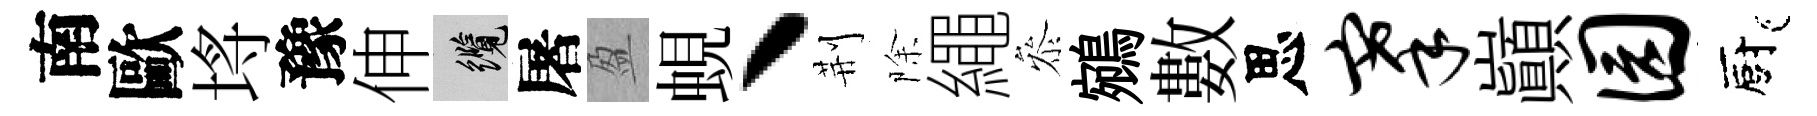
南歐埓豫伸纜屠盈蜆丶荆除繩叅鵷數思搴巔园廚